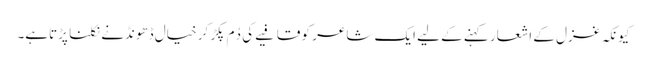
کیونکہ غزل کے اشعار کہنے کے لیے ایک شاعر کو قافیے کی دُم پکڑ کر خیال ڈھونڈنے نکلنا پڑتاہے۔